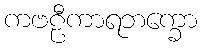
ကဗဠီကာရဘက္ခော